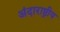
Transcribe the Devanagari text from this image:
अंदाराष्ट्रीय